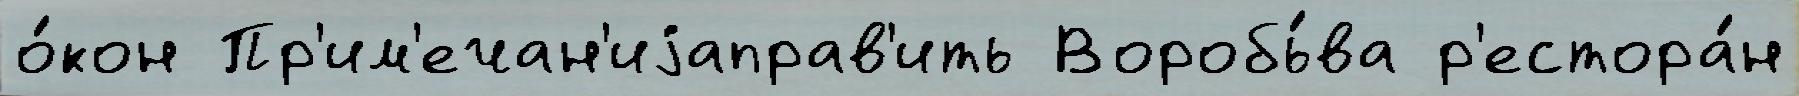
о́кон Пр'им'ечан'иjаправ'ить Воробь́ва р'естора́н